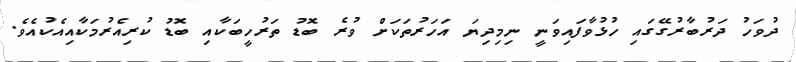
ދުވަހު ދަރުބާރުގޭގައި ހުޅުވާފައިވަނީ ނިމިދިޔަ އަހަރުތަކަށް ވުރެ ބޮޑު ތަރުހީބަކާއި ބޮޑު ކުރިއެރުމަކާއިއެކުއެވެ.